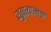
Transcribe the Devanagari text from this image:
व्युत्पत्यात्मक